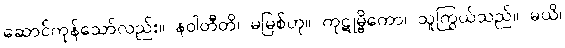
ဆောင်ကုန်သော်လည်း။ နဝါတီတိ၊ မမြစ်ဟု။ ကုဋုမ္ဗိကော၊ သူကြွယ်သည်။ မယိ၊